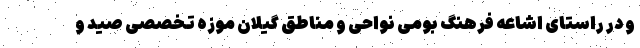
و در راستای اشاعه فرهنگ بومی نواحی و مناطق گیلان موزه تخصصی صید و